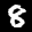
Label: 8